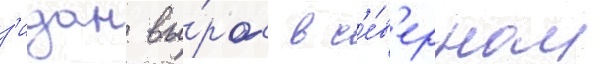
з'идан вы́рос в с'е́в'ерном